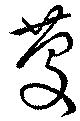
慶